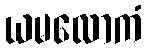
ယမလောကံ